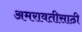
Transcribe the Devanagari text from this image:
अमरावतीसाठी